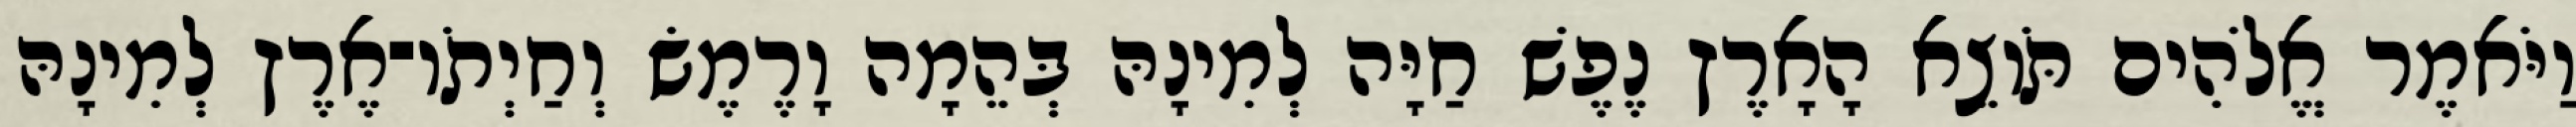
וַיֹּאמֶר אֱלֹהִים תֹּוצֵא הָאָרֶץ נֶפֶשׁ חַיָּה לְמִינָהּ בְּהֵמָה וָרֶמֶשׂ וְחַיְתֹו־אֶרֶץ לְמִינָהּ